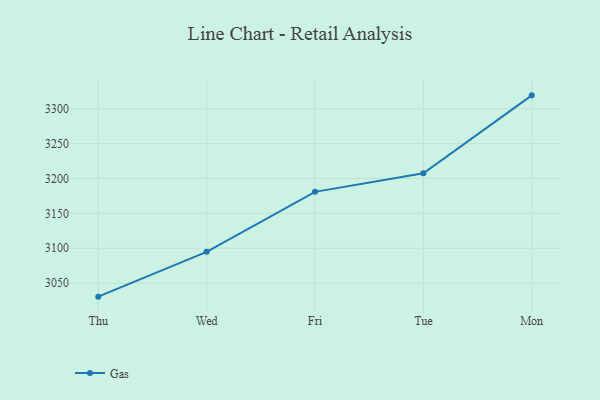
{"axis": {"x": "Day", "y": "Waste Production (Tons)"}, "legend": ["Gas"], "data": [{"x": "Thu", "y": 3030.6, "type": "Gas"}, {"x": "Wed", "y": 3094.9, "type": "Gas"}, {"x": "Fri", "y": 3180.9, "type": "Gas"}, {"x": "Tue", "y": 3207.5, "type": "Gas"}, {"x": "Mon", "y": 3319.3, "type": "Gas"}]}